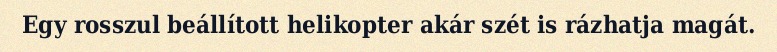
Egy rosszul beállított helikopter akár szét is rázhatja magát.